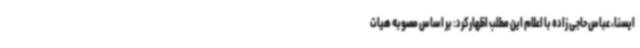
ایسنا، عباس حاجی زاده با اعلام این مطلب اظهارکرد: بر اساس مصوبه هیات